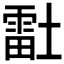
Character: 𰊴